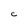
Character: C